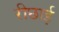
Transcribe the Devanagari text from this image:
रीछाई